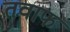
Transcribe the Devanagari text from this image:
तवाफ